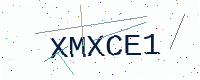
Text: XMXCE1